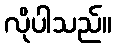
လိုပါသည်။